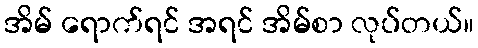
အိမ် ရောက်ရင် အရင် အိမ်စာ လုပ်တယ်။